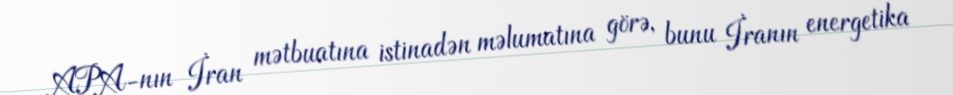
APA-nın İran mətbuatına istinadən məlumatına görə, bunu İranın energetika